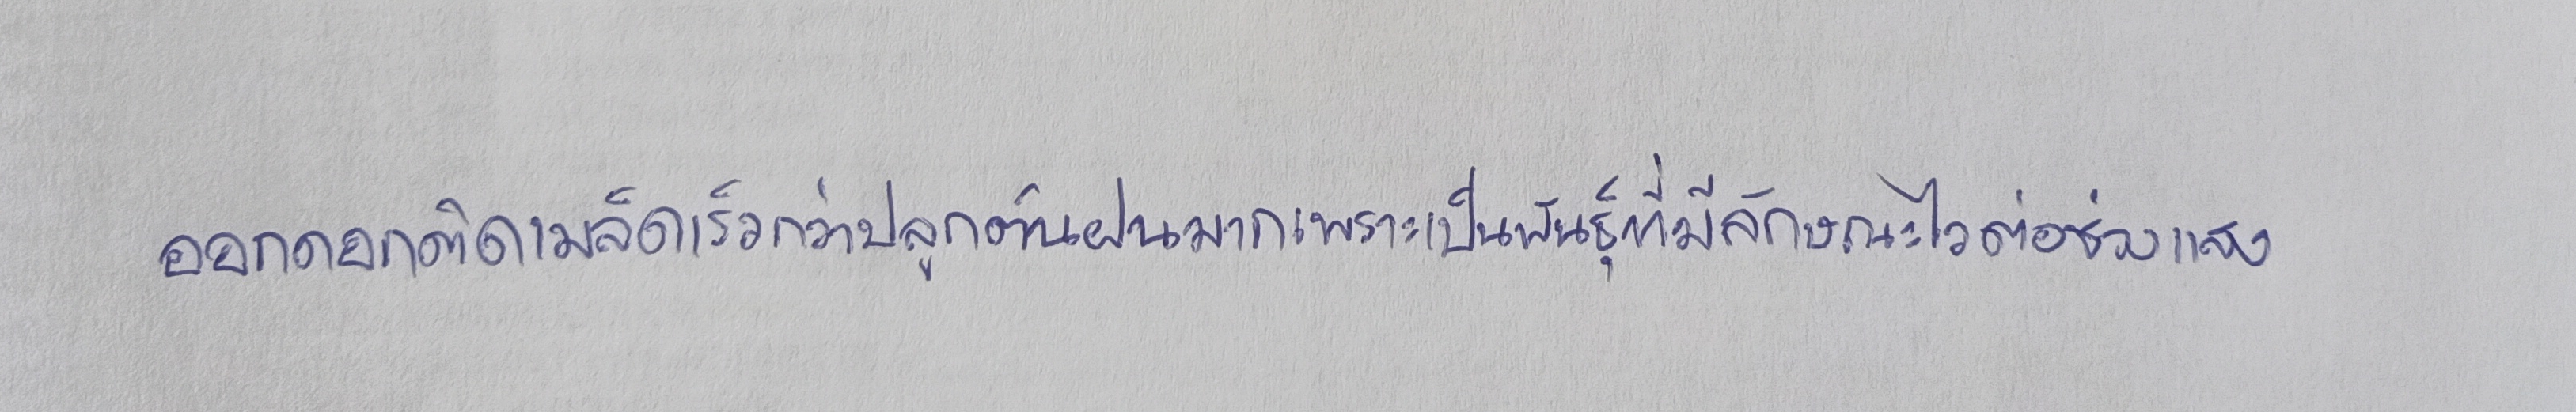
ออกดอกติดเมล็ดเร็วกว่าปลูกต้นฝนมากเพราะเป็นพันธุ์ที่มีลักษณะไวต่อช่วงแสง